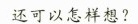
还可以怎么想？